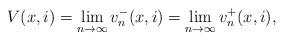
LaTeX: \begin{align*}V(x,i) = \lim_{n \rightarrow \infty} v^-_n(x,i) = \lim_{n \rightarrow \infty} v^+_n(x,i),\end{align*}